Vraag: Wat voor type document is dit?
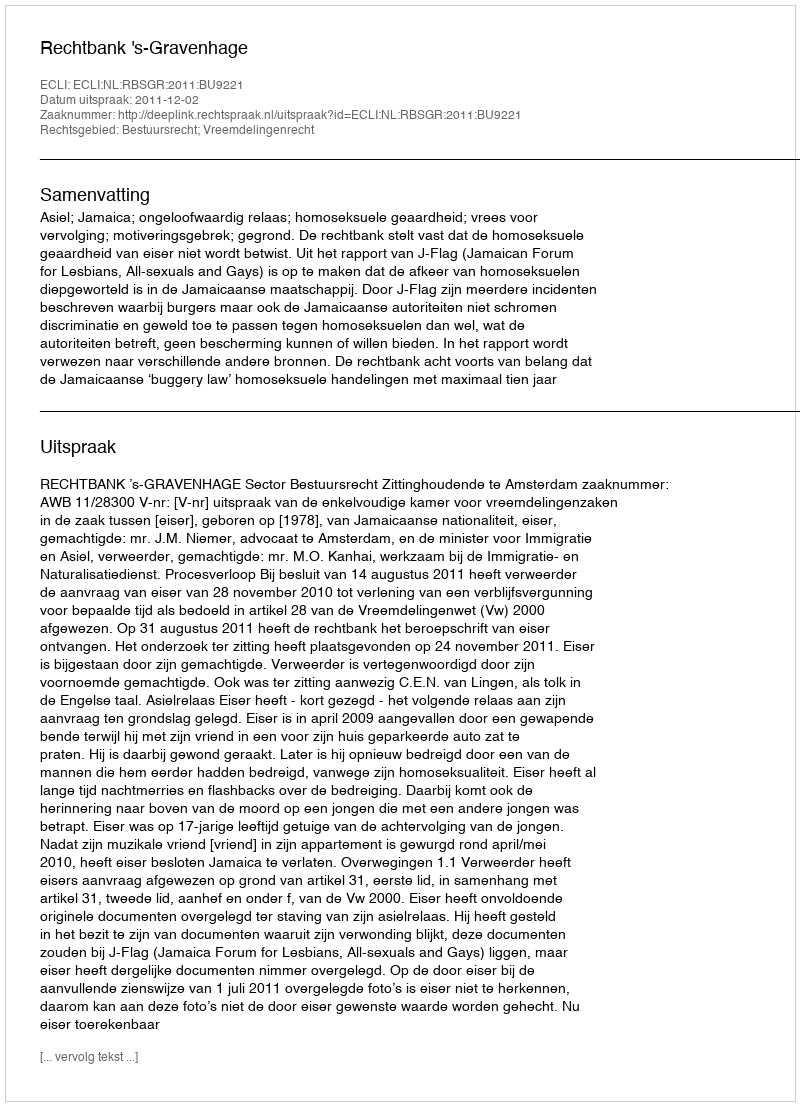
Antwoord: Uitspraak